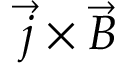
{ \vec { j } } \times { \vec { B } }